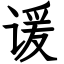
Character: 谖